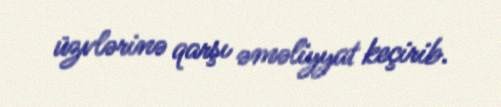
üzvlərinə qarşı əməliyyat keçirib.